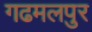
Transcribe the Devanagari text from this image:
गढमलपुर